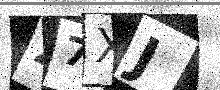
Text: Z7XJ